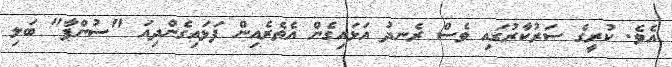
އެވެ. ކުރީގެ ސަރުކާރުގައި ވެސް ރެނދު އަޅައިގެން އެތެރެއިން ފަޅައިގެންދިއަ "ސުންޕާ" ބަލި